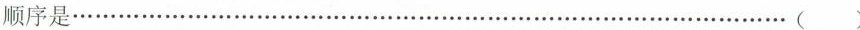
顺序是 … ( )